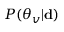
P ( \boldsymbol { \theta } _ { v } | \mathbf { d } )